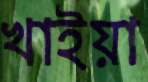
খাইয়া